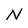
Character: N